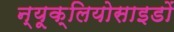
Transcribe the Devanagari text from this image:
न्यूक्लियोसाइडों